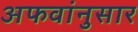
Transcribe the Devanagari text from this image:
अफवांनुसार